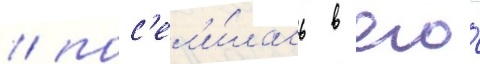
/ пос'ел'и́лась в его́